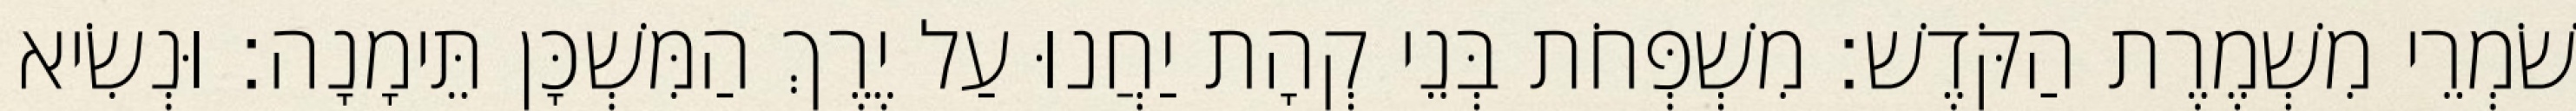
שֹׁמְרֵי מִשְׁמֶרֶת הַקֹּדֶשׁ׃ מִשְׁפְּחֹת בְּנֵי קְהָת יַחֲנוּ עַל יֶרֶךְ הַמִּשְׁכָּן תֵּימָנָה׃ וּנְשִׂיא